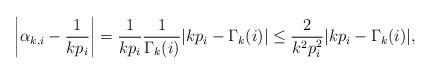
LaTeX: \begin{align*}\left| \alpha_{k,i} - \frac{1}{kp_i} \right| = \frac{1}{kp_i}\frac{1}{\Gamma_k(i)}|kp_i - \Gamma_k(i)|\leq \frac{2}{k^2p_i^2}|kp_i - \Gamma_k(i)|,\end{align*}